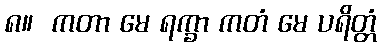
၈။  ကတာ မေ ရက္ခာ ကတံ မေ ပရိတ္တံ